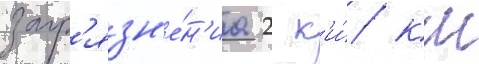
загр'язн'е́н'иа 2 к'и́/ км